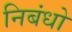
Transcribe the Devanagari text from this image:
निबंधो